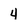
Character: 4